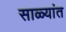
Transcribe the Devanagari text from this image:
साळ्यांत